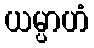
ယမ္ပာဟံ